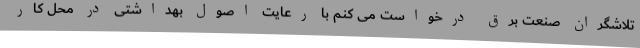
تلاشگران صنعت برق درخواست می کنم با رعایت اصول بهداشتی در محل کار